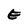
Character: E